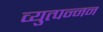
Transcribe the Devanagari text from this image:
व्युत्पन्नन